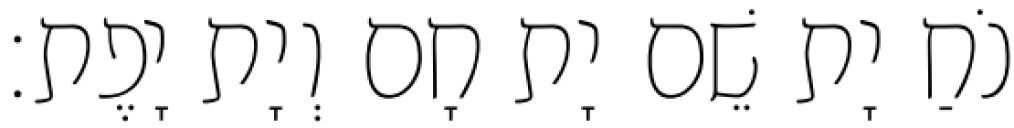
נֹחַ יָת שֵׁם יָת חָם וְיָת יָפֶת׃